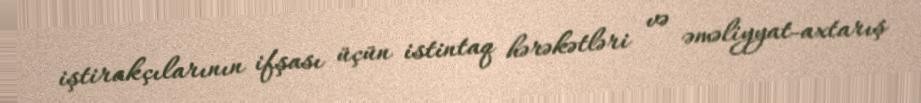
iştirakçılarının ifşası üçün istintaq hərəkətləri və əməliyyat-axtarış